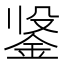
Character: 𲇍